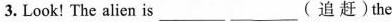
3. Look! The alien is___ ___(追赶)the